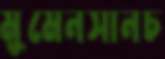
মুমেনসানচ